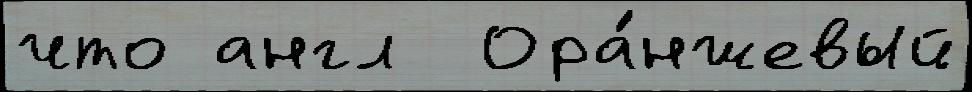
что англ  Ора́нжевый